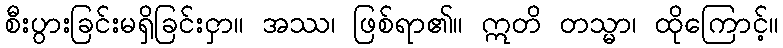
စီးပွားခြင်းမရှိခြင်းငှာ။ အဿ၊ ဖြစ်ရာ၏။ ဣတိ တသ္မာ၊ ထိုကြောင့်။